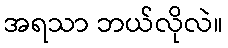
အရသာ ဘယ်လိုလဲ။